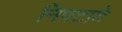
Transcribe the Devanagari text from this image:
निपटाते